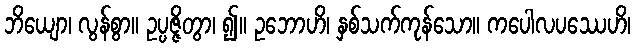
ဘိယျော၊ လွန်စွာ။ ဥပ္ပဇ္ဇိတွာ၊ ၍။ ဥဘောဟိ၊ နှစ်သက်ကုန်သော။ ကပေါလပဿေဟိ၊